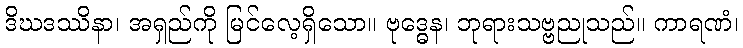
ဒိဃဒဿိနာ၊ အရှည်ကို မြင်လေ့ရှိသော။ ဗုဒ္ဓေန၊ ဘုရားသဗ္ဗညုသည်။ ကာရဏံ၊